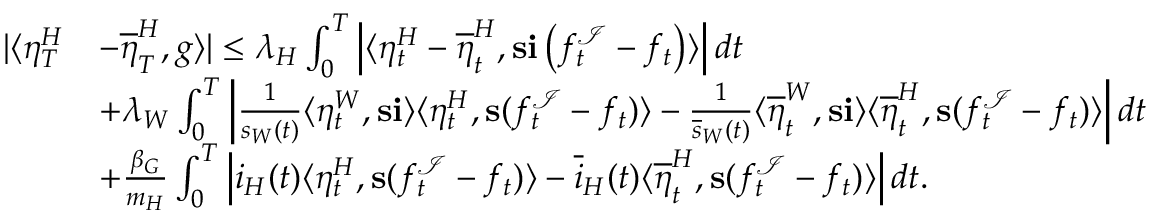
\begin{array} { r l } { | \langle \eta _ { T } ^ { H } } & { - \overline { { \eta } } _ { T } ^ { H } , g \rangle | \leq \lambda _ { H } \int _ { 0 } ^ { T } \left| \langle \eta _ { t } ^ { H } - \overline { { \eta } } _ { t } ^ { H } , \mathbf { s } \mathbf { i } \left( f _ { t } ^ { \mathcal { I } } - f _ { t } \right) \rangle \right| d t } \\ & { + \lambda _ { W } \int _ { 0 } ^ { T } \left| \frac { 1 } { s _ { W } ( t ) } \langle \eta _ { t } ^ { W } , \mathbf { s } \mathbf { i } \rangle \langle \eta _ { t } ^ { H } , \mathbf { s } ( f _ { t } ^ { \mathcal { I } } - f _ { t } ) \rangle - \frac { 1 } { \overline { { s } } _ { W } ( t ) } \langle \overline { { \eta } } _ { t } ^ { W } , \mathbf { s } \mathbf { i } \rangle \langle \overline { { \eta } } _ { t } ^ { H } , \mathbf { s } ( f _ { t } ^ { \mathcal { I } } - f _ { t } ) \rangle \right| d t } \\ & { + \frac { \beta _ { G } } { m _ { H } } \int _ { 0 } ^ { T } \left| i _ { H } ( t ) \langle \eta _ { t } ^ { H } , \mathbf { s } ( f _ { t } ^ { \mathcal { I } } - f _ { t } ) \rangle - \overline { { i } } _ { H } ( t ) \langle \overline { { \eta } } _ { t } ^ { H } , \mathbf { s } ( f _ { t } ^ { \mathcal { I } } - f _ { t } ) \rangle \right| d t . } \end{array}